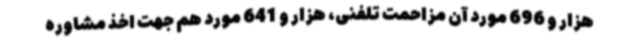
هزار و 696 مورد آن مزاحمت تلفنی، هزار و 641 مورد هم جهت اخذ مشاوره